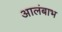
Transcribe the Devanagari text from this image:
आलंबाभ